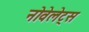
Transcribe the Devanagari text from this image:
नोवेलेट्स